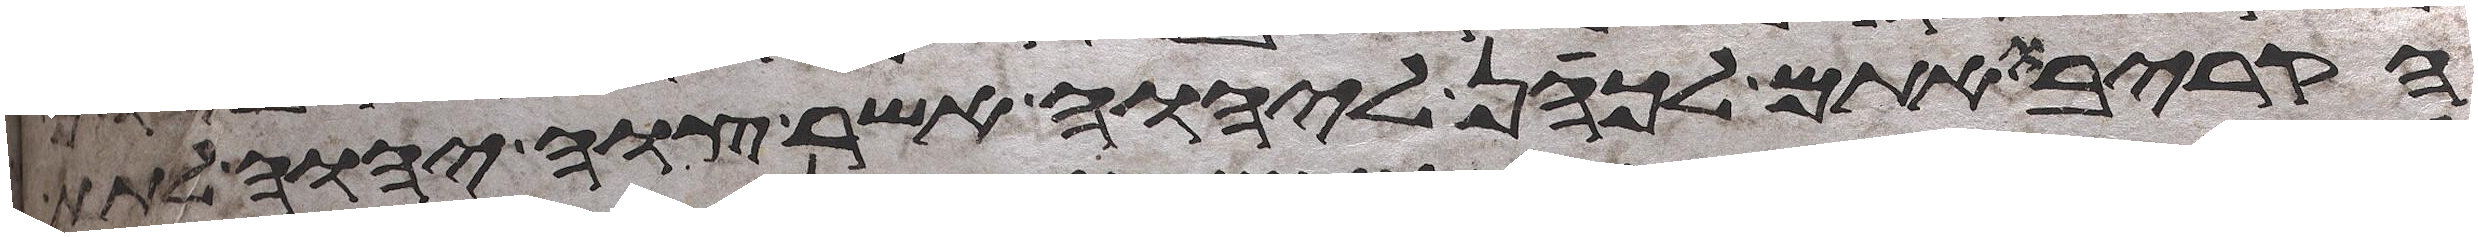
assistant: הקריבו אתם לכהן ליהוה אשר צוה יהוה לתת